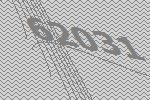
62031